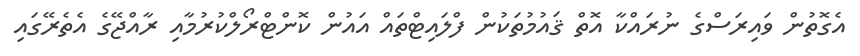
އެގޮތުން ވައިރަސްގެ ނުރައްކާ އޮތް ޤައުމުތަކުން ފްލައިޓްތައް އައުން ކޮންޓްރޯލްކުރުމާއި ރާއްޖޭގެ އެތެރޭގައި